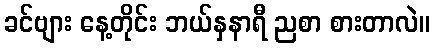
ခင်ဗျား နေ့တိုင်း ဘယ်နှနာရီ ညစာ စားတာလဲ။